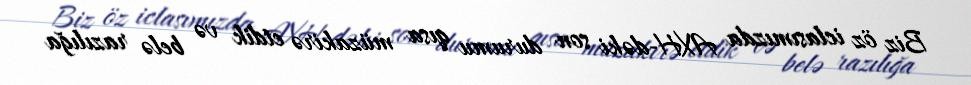
Biz öz iclasımızda AXH-dəki son durumu qısa müzakirə etdik və belə razılığa